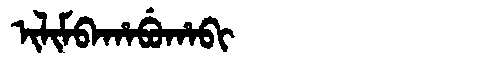
Manchu: ᡳᠯᡳᠮᠪᠠᡥᠠᠪᡠᡥᠠᠪᡳ
Romanization: ILIMBAHABUHABI